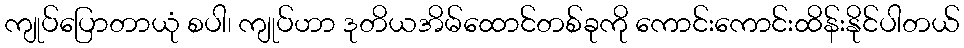
ကျုပ်ပြောတာယုံ စပါ၊ ကျုပ်ဟာ ဒုတိယအိမ်ထောင်တစ်ခုကို ကောင်းကောင်းထိန်းနိုင်ပါတယ်